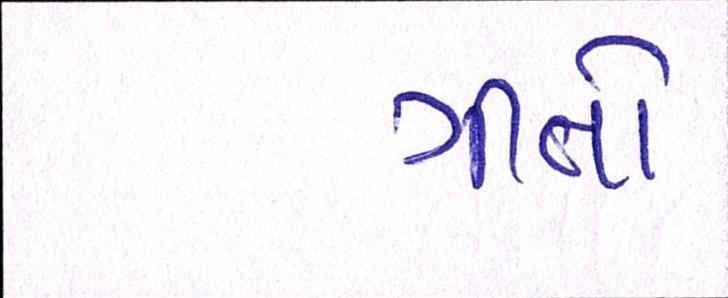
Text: ગીતો